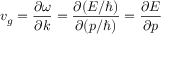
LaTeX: v _ { g } = { \frac { \partial \omega } { \partial k } } = { \frac { \partial ( E / \hbar ) } { \partial ( p / \hbar ) } } = { \frac { \partial E } { \partial p } }